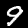
Digit: 9